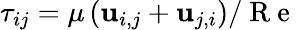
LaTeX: \tau_{ij}=\mu\left(\mathbf{u}_{i,j}+\mathbf{u}_{j,i}\right)/\mathrm{{~R~e~}}